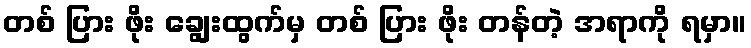
တစ် ပြား ဖိုး ချွေးထွက်မှ တစ် ပြား ဖိုး တန်တဲ့ အရာကို ရမှာ။